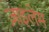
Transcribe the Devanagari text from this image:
ज़ाइलेम